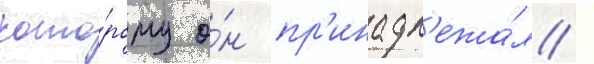
кото́рому о́н пр'инадл'ежа́л /